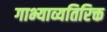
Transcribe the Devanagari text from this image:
गाभ्याव्यतिरिक्त